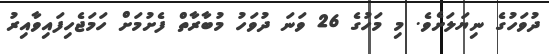
ދުވަހުގެ ނިޔަލަށެވެ. މި މަހުގެ 26 ވަނަ ދުވަހު މުބާރާތް ފެށުމަށް ހަމަޖެހިފައިވާއިރު